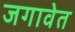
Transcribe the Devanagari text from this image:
जगावेत